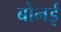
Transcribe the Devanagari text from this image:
बोनई